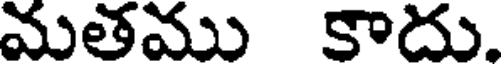
మతము కాదు.